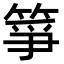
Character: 箏